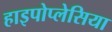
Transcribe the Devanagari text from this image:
हाइपोप्लेसिया